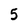
Character: 5